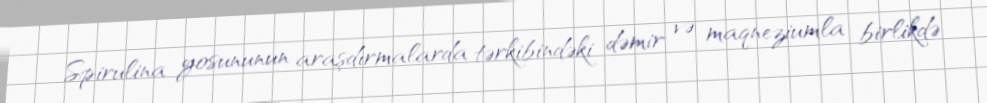
Spirulina yosununun araşdırmalarda tərkibindəki dəmir və maqneziumla birlikdə